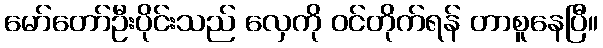
မော်တော်ဦးပိုင်းသည် လှေကို ဝင်တိုက်ရန် တာစူနေပြီ။